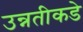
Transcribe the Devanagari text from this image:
उन्नतीकडे